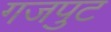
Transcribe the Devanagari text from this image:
गजपुट